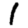
Digit: 1